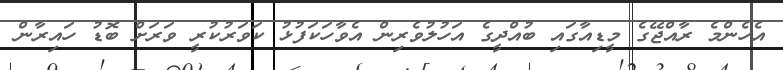
އެހެންމެ ރާއްޖޭގެ މީޑިއާގައި ބުއްދީގެ އަހުލުވެރިން އެވާހަކަފުޅު ކަވަރުކުރީ ވަރަށް ބޮޑު ހައިރާން